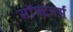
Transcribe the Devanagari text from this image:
सॉफ्टनर्स